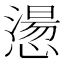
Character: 𢡂